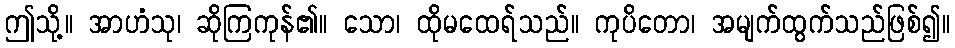
ဤသို့။ အာဟံသု၊ ဆိုကြကုန်၏။ သော၊ ထိုမထေရ်သည်။ ကုပိတော၊ အမျက်ထွက်သည်ဖြစ်၍။